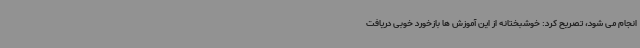
انجام می شود، تصریح کرد: خوشبختانه از این آموزش ها بازخورد خوبی دریافت